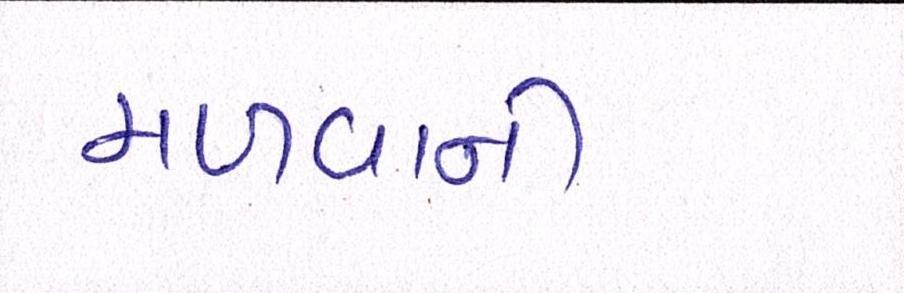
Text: મળવાની